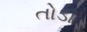
તોડા